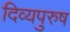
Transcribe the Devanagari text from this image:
दिव्यपुरुष